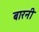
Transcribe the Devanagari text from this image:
बारनी